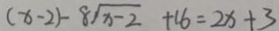
( x - 2 ) - 8 \sqrt { x - 2 } + 1 6 = 2 x + 3